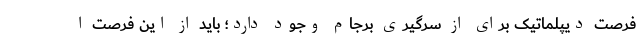
فرصت دیپلماتیک برای از سرگیری برجام وجود دارد؛ باید از این فرصت ا